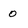
Character: 0